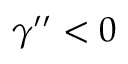
\gamma ^ { \prime \prime } < 0